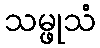
သမ္ဖုသံ